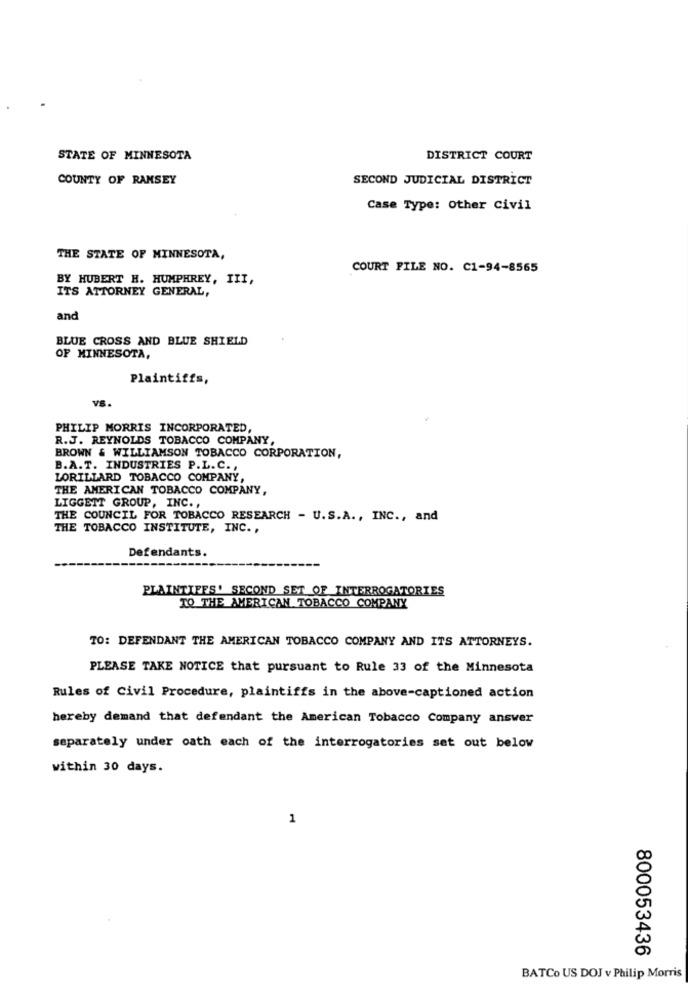
STATE OF MINNESOTA
DISTRICT COURT
COUNTY OF RANSEY
SECOND JUDICIAL DISTRICT
Case Type: Other Civil
THE STATE OF MINNESOTA,
COURT FILE NO. C1-94-8565
BY HUBERT H. HUMPHREY, III,
ITS ATTORNEY GENERAL,
and
BLUE CROSS AND BLUE SHIELD
OF MINNESOTA,
Plaintiffs,
PHILIP MORRIS INCORPORATED,
R.J. REYNOLDS TOBACCO COMPANY,
BROWN & WILLIAMSON TOBACCO CORPORATION,
B.A.T. INDUSTRIES P.L.C .,
LORILLARD TOBACCO COMPANY,
THE AMERICAN TOBACCO COMPANY,
LIGGETT GROUP, INC .,
THE COUNCIL FOR TOBACCO RESEARCH - U.S.A ., INC ., and
THE TOBACCO INSTITUTE, INC. ,
Defendants.
PLAINTIFFS' SECOND SET OF INTERROGATORIES
TO THE AMERICAN TOBACCO COMPANY
TO: DEFENDANT THE AMERICAN TOBACCO COMPANY AND ITS ATTORNEYS.
PLEASE TAKE NOTICE that pursuant to Rule 33 of the Minnesota
Rules of Civil Procedure, plaintiffs in the above-captioned action
hereby demand that defendant the American Tobacco Company answer
separately under oath each of the interrogatories set out below
within 30 days.
1
800053436
BATCo US DOJ v Philip Morris